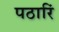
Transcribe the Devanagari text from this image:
पठारिं